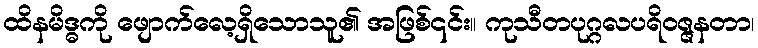
ထိနမိဒ္ဓကို ဖျောက်လေ့ရှိသောသူ၏ အဖြစ်၎င်း။ ကုသီတပုဂ္ဂလပရိဝဇ္ဇနတာ၊